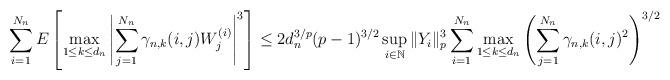
LaTeX: \begin{align*}\sum_{i=1}^{N_n}E\left[\max_{1\leq k\leq d_n}\left|\sum_{j=1}^{N_n}\gamma_{n,k}(i,j)W^{(i)}_j\right|^3\right]\leq 2d_n^{3/p}(p-1)^{3/2}\sup_{i\in\mathbb{N}}\|Y_i\|_p^3\sum_{i=1}^{N_n}\max_{1\leq k\leq d_n}\left(\sum_{j=1}^{N_n}\gamma_{n,k}(i,j)^2\right)^{3/2}\end{align*}